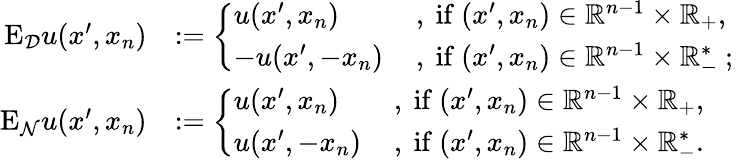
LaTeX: \begin{array}{rl}{\mathrm{E}_{\mathcal{D}}u(x^{\prime},x_{n})}&{:=\left\{ \begin{array}{ll}{u(x^{\prime},x_{n})\, }&{\mathrm{,~if~}(x^{\prime},x_{n})\in\mathbb{R}^{n-1}\times\mathbb{R}_{+}\mathrm{,~}}\\ {-u(x^{\prime},-x_{n})\, }&{\mathrm{,~if~}(x^{\prime},x_{n})\in\mathbb{R}^{n-1}\times\mathbb{R}_{-}^{*}\mathrm{~;~}}\end{array}\right.}\\ {\mathrm{E}_{\mathcal{N}}u(x^{\prime},x_{n})}&{:=\left\{ \begin{array}{ll}{u(x^{\prime},x_{n})\, }&{\mathrm{,~if~}(x^{\prime},x_{n})\in\mathbb{R}^{n-1}\times\mathbb{R}_{+}\mathrm{,~}}\\ {u(x^{\prime},-x_{n})\, }&{\mathrm{,~if~}(x^{\prime},x_{n})\in\mathbb{R}^{n-1}\times\mathbb{R}_{-}^{*}\mathrm{.~}}\end{array}\right.}\end{array}